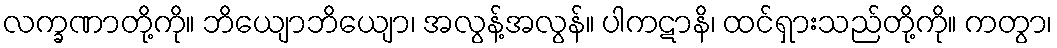
လက္ခဏာတို့ကို။ ဘိယျောဘိယျော၊ အလွန့်အလွန်။ ပါကဋာနိ၊ ထင်ရှားသည်တို့ကို။ ကတွာ၊